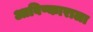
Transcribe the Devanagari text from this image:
आविष्काराला